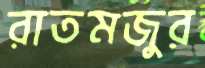
রাতমজুর